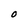
Character: O